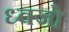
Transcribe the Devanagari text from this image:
ध्वजो